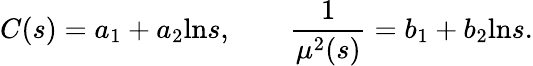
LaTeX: C(s)=a_{1}+a_{2}\mathrm{ln}s,\qquad{\frac{1}{\mu^{2}(s)}}=b_{1}+b_{2}\mathrm{ln}s.